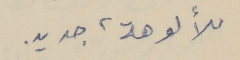
للألوهة، جديد.